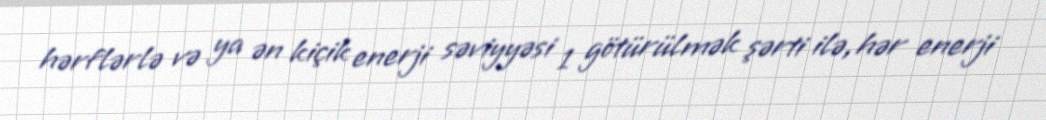
hərflərlə və ya ən kiçik enerji səviyyəsi 1 götürülmək şərti ilə, hər enerji